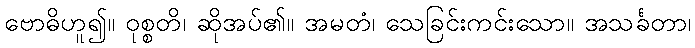
ဗောဓိဟူ၍။ ဝုစ္စတိ၊ ဆိုအပ်၏။ အမတံ၊ သေခြင်းကင်းသော။ အသင်္ခတာ၊